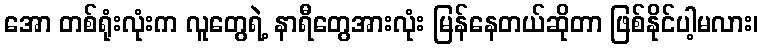
အော တစ်ရုံးလုံးက လူတွေရဲ့ နာရီတွေအားလုံး မြန်နေတယ်ဆိုတာ ဖြစ်နိုင်ပါ့မလား၊